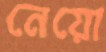
নেয়ো